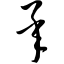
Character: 承